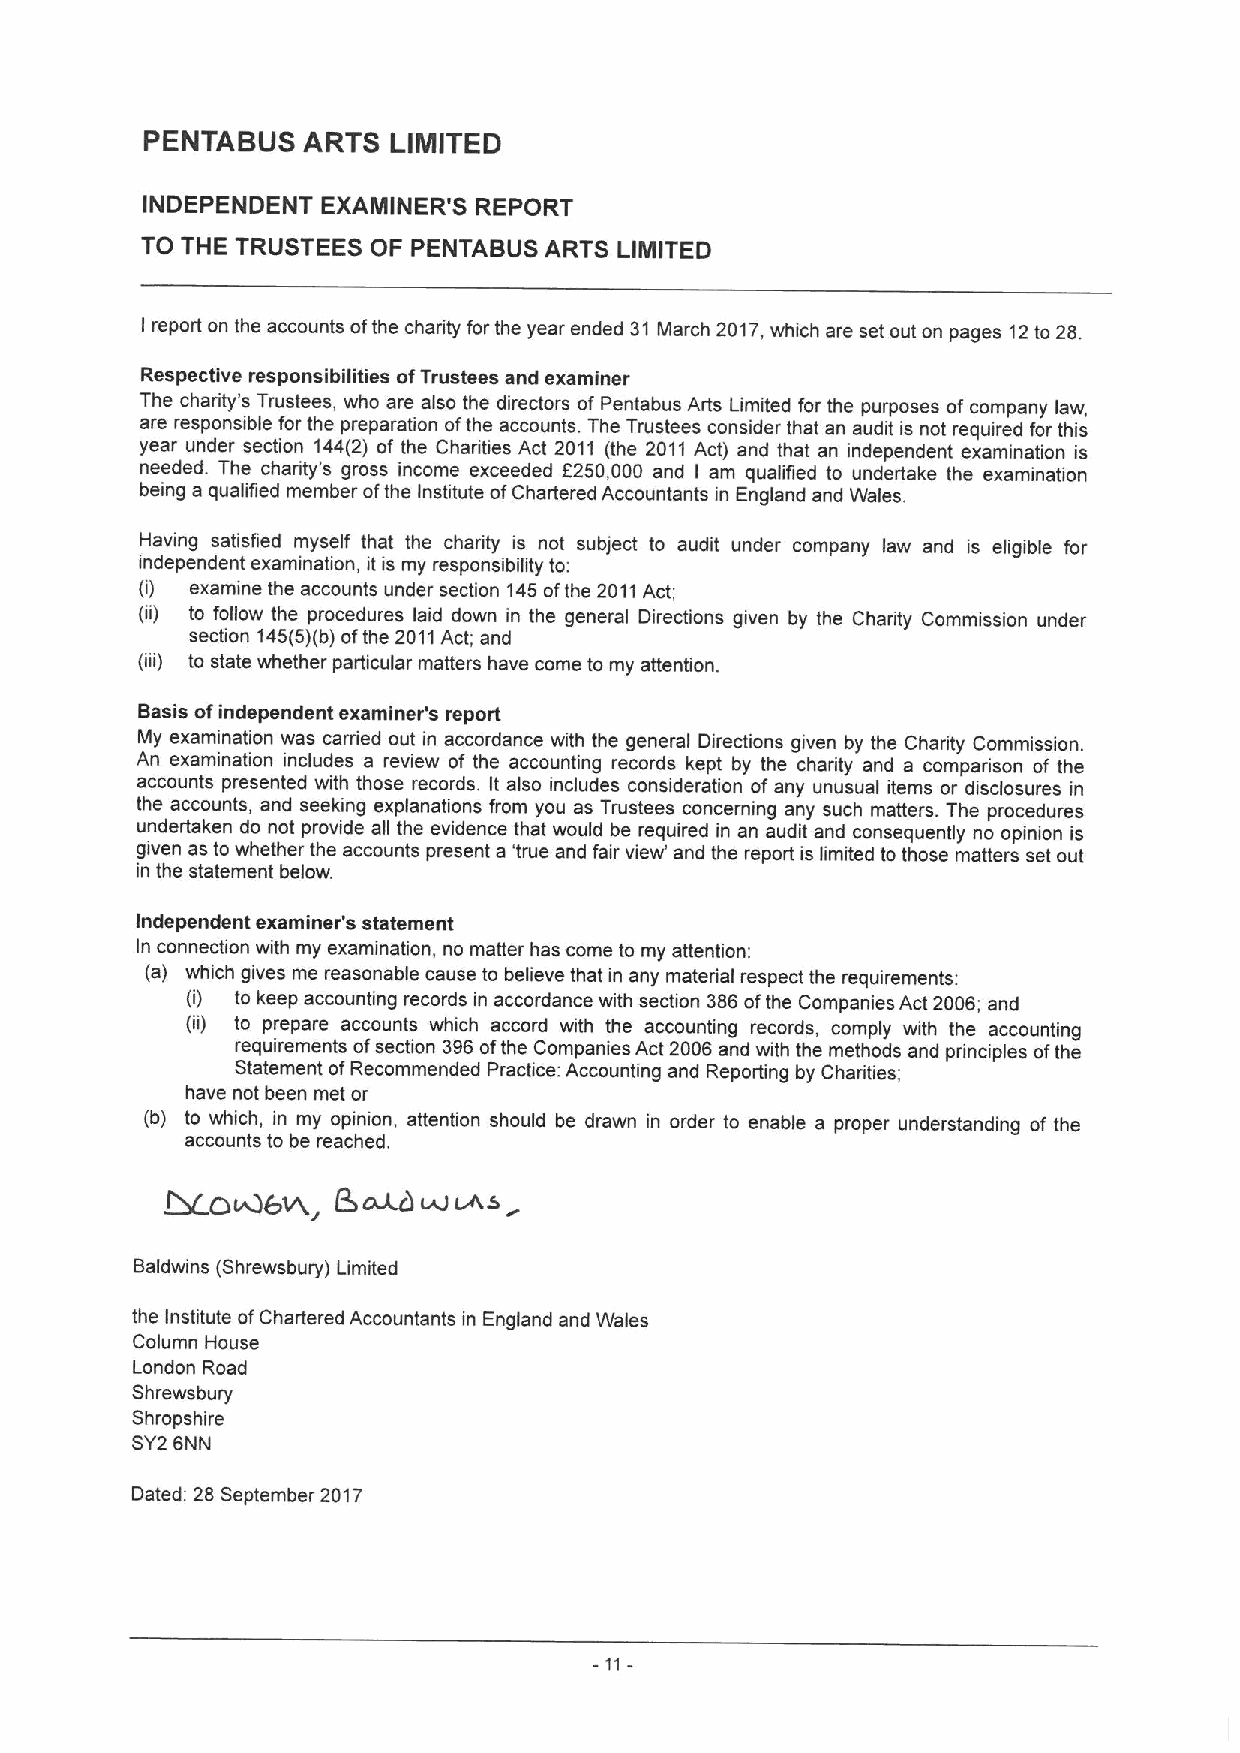
PENTABUS  ARTS  LIMITED
 INDEPENDENT EXAMINER'S REPORT
 TO THE TRUSTEES OF PENTABUS ARTS LIMITED
 I report on the accounts ofthe charity for the year ended 31 March 2017,which are set out on pages 12to 28.
 Respective responsibilities ofTrustees and examiner
 The charity's Trustees, who are also the directors of Pentabus Arts Limited for the purposes ofcompany law,
 are responsible for the preparation ofthe accounts. The Trustees consider that an audit is not required for this
 year under section 144(2) of the Charities Act 2011 (the 2011 Act) and that an independent examination is
 needed. The charity's gross income exceeded 5250,000 and I am qualified to undertake the examination
 being a qualified member ofthe Institute ofChartered Accountants in England and Wales.
 Having satisfied myself that the charity is not subject to audit under company law and is eligible for
 independent examination, it is my responsibility to:
 (i) examine the accounts under section 145ofthe 2011Act;
 (ii) to follow the procedures laid down in the general Directions given by the Charity Commission under
 section 145(5)(b)ofthe 2011Act; and
 (iii) to state whether particular matters have come to my attention.
 Basis ofindependent examiner's report
 My examination was carried out in accordance with the general Directions given by the Charity Commission.
 An examination includes a review of the accounting records kept by the charity and a comparison of the
 accounts presented with those records. It also includes consideration ofany unusual items or disclosures in
 the accounts, and seeking explanations from you as Trustees concerning any such matters. The procedures
 undertaken do not provide all the evidence that would be required in an audit and consequently no opinion is
 given as to whether the accounts present a 'true and fair view' and the report is limited to those matters set out
 in the statement below.
 Independent examiner's statement
 In connection with my examination, no matter has come to my attention:
 (a) which gives me reasonable cause to believe that in any material respect the requirements:
 (i) to keep accounting records in accordance with section 386ofthe Companies Act 2006; and
 (ii) to prepare accounts which accord with the accounting records, comply with the accounting
 requirements ofsection 396ofthe Companies Act 2006 and with the methods and principles ofthe
 Statement ofRecommended Practice: Accounting and Reporting by Charities;
 have not been met or
 (b) to which, in my opinion, attention should be drawn in order to enable a proper understanding of the
 accounts to be reached.
 I2s~  was
 ~O&6W,
 Baldwins (Shrewsbury) Limited
 the Institute ofChartered Accountants in England and Wales
 Column House
 London Road
 Shrewsbury
 Shropshire
 SY26NN
 Dated: 28 September 2017
 -
 11